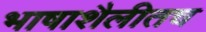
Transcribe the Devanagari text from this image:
भाषाशैलीतच